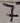
Text: 7